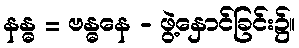
နန္ဓ = ဗန္ဓနေ - ဖွဲ့နှောင်ခြင်း၌။